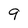
Character: 9